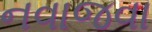
નવાજવા